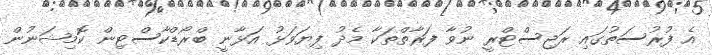
އެ ފުރުސަތުގައި ރަޖިސްޓްރީ ނުވާ ފަރާތްތަކާ މެދު ފިޔަވަޅު އަޅާނީ ބްރޯޑްކާސްޓިން ކޮމިޝަނުން